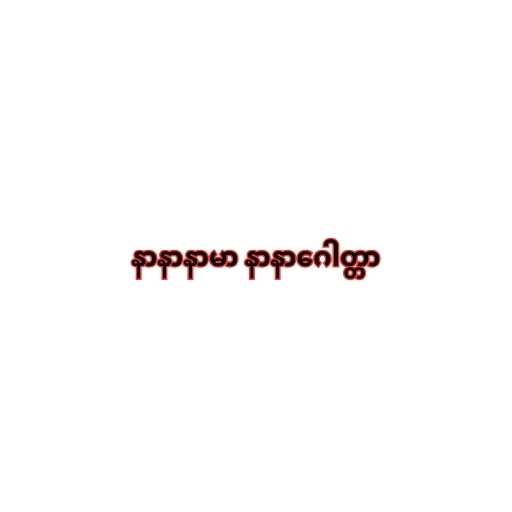
နာနာနာမာ နာနာဂေါတ္တာ